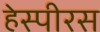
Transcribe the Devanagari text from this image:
हेस्पीरस